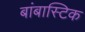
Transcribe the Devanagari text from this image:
बांबास्टिक